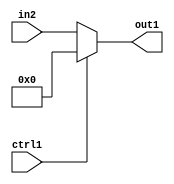
`timescale 1ps / 1ps
/*****************************************************************************
    Verilog RTL Description
    
    
    Created by: Stratus DpOpt 21.05.01 
*******************************************************************************/

module dut_N_Mux_32_2_24_1 (
	in2,
	ctrl1,
	out1
	); /* architecture "behavioural" */ 
input [31:0] in2;
input  ctrl1;
output [31:0] out1;
wire [31:0] asc001;

reg [31:0] asc001_tmp_0;
assign asc001 = asc001_tmp_0;
always @ (ctrl1 or in2) begin
	case (ctrl1)
		1'B1 : asc001_tmp_0 = 32'B00000000000000000000000000000000 ;
		default : asc001_tmp_0 = in2 ;
	endcase
end

assign out1 = asc001;
endmodule

/* CADENCE  uLfxTA8= : u9/ySxbfrwZIxEzHVQQV8Q== ** DO NOT EDIT THIS LINE ******/